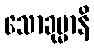
သောခုမ္မာနိ